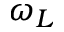
\omega _ { L }